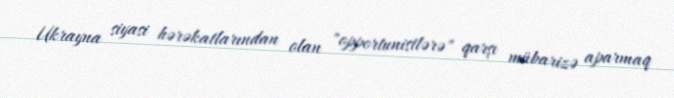
Ukrayna siyasi hərəkatlarından olan "opportunistlərə" qarşı mübarizə aparmaq